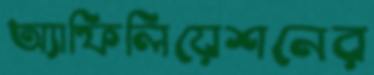
অ্যাফিলিয়েশনের